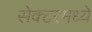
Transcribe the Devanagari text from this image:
सेक्टरमध्ये